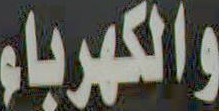
والكهرباء